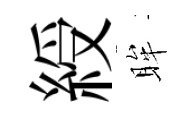
綬眸